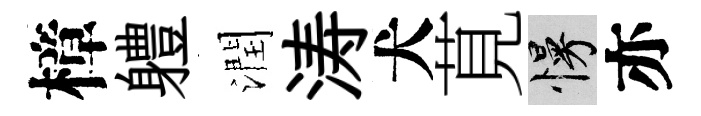
樟軆潤涛犬莧慢亦